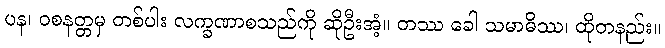
ပန၊ ဝစနတ္တမှ တစ်ပါး လက္ခဏာစသည်ကို ဆိုဦးအံ့။ တဿ ခေါ သမာဓိဿ၊ ထိုတနည်း။